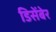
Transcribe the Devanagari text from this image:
डिसेंबेर